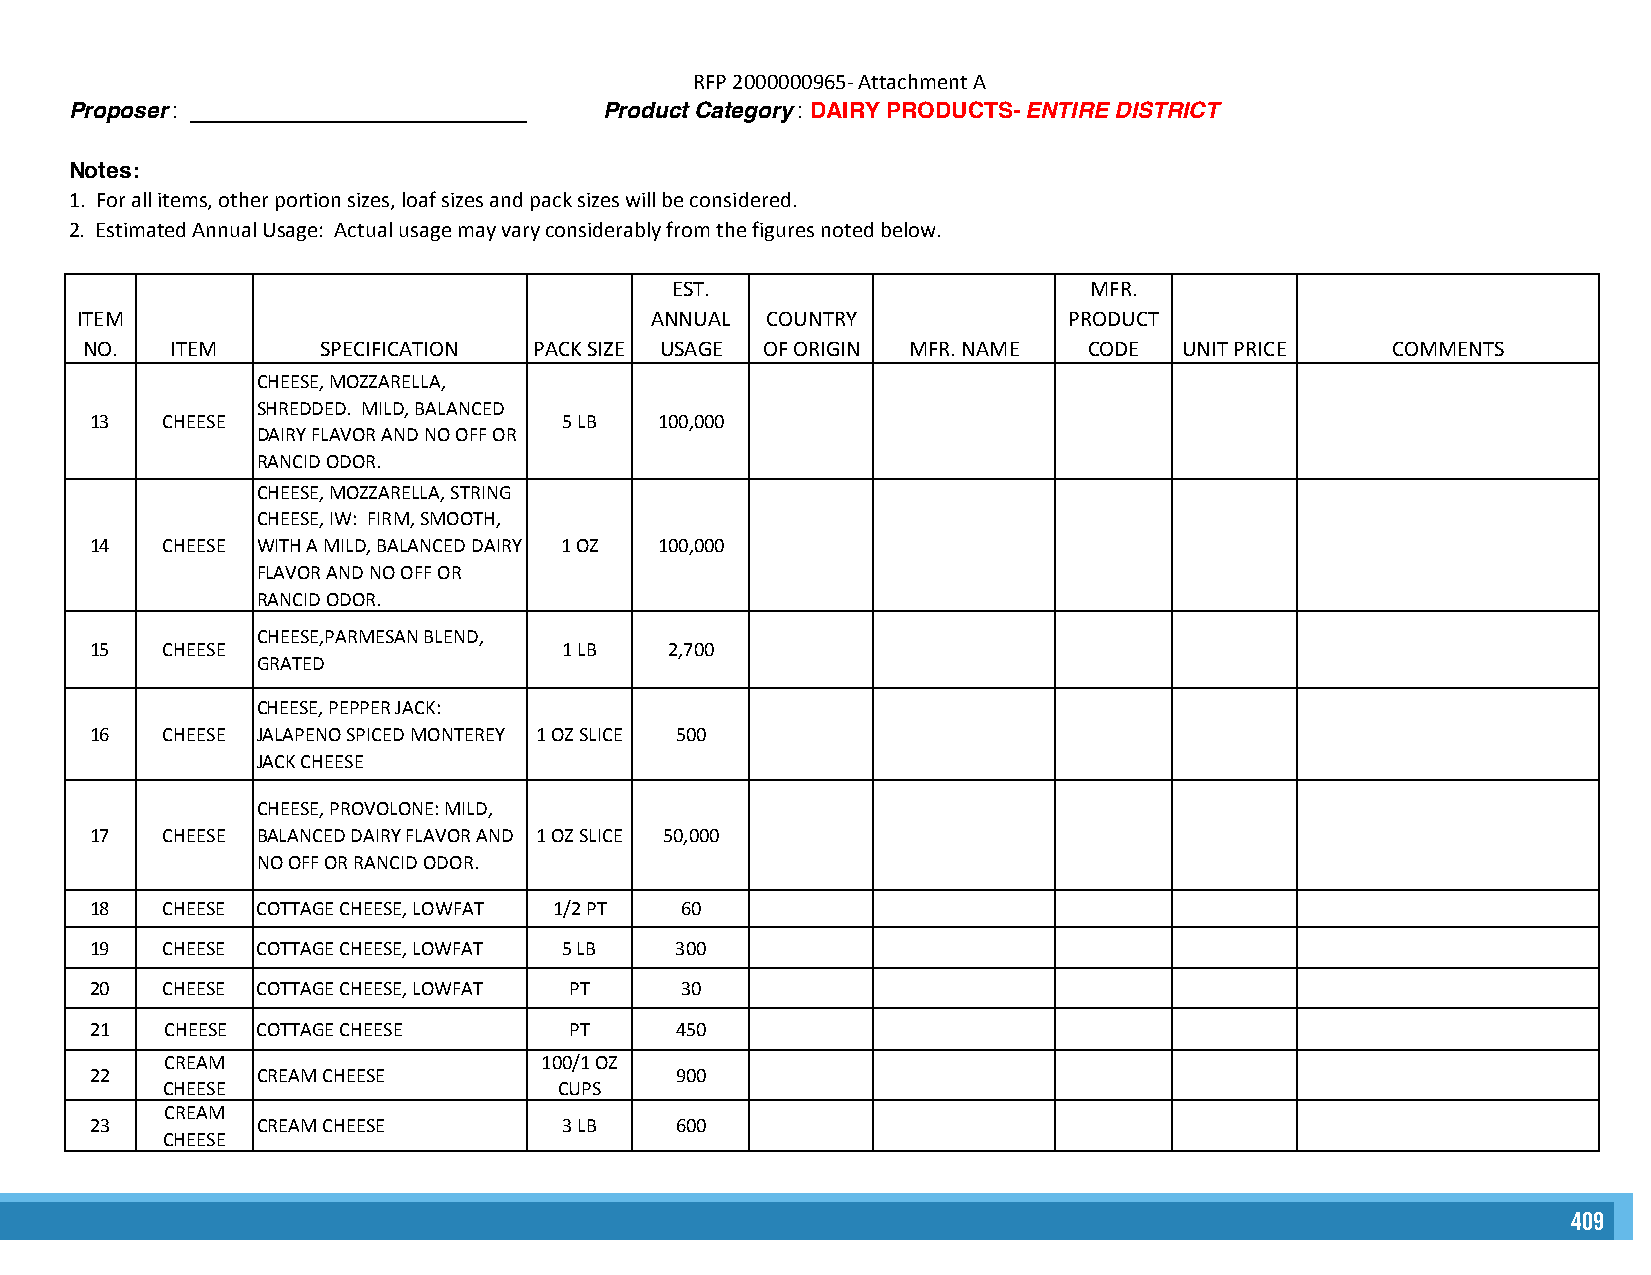
RFP 2000000965- Attachment A
 Proposer: ___________________________ Product Category : DAIRY PRODUCTS- ENTIRE DISTRICT
 Notes:
 1. For all items, other portion sizes, loaf sizes and pack sizes will be considered.
 2. Estimated Annual Usage: Actual usage may vary considerably from the figures noted below.
 EST.                        MFR.
 ITEM                                  ANNUAL  COUNTRY             PRODUCT
 NO.   ITEM      SPECIFICATION PACK SIZE USAGE OF ORIGIN MFR. NAME  CODE  UNIT PRICE    COMMENTS
 CHEESE, MOZZARELLA,
 SHREDDED. MILD, BALANCED
 13   CHEESE                    5 LB   100,000
 DAIRY FLAVOR AND NO OFF OR
 RANCID ODOR.
 CHEESE, MOZZARELLA, STRING
 CHEESE, IW: FIRM, SMOOTH,
 14   CHEESE WITH A MILD, BALANCED DAIRY 1 OZ 100,000
 FLAVOR AND NO OFF OR
 RANCID ODOR.
 CHEESE,PARMESAN BLEND,
 15   CHEESE                    1 LB   2,700
 GRATED
 CHEESE, PEPPER JACK:
 16   CHEESE JALAPENO SPICED MONTEREY 1 OZ SLICE 500
 JACK CHEESE
 CHEESE, PROVOLONE: MILD,
 17   CHEESE BALANCED DAIRY FLAVOR AND 1 OZ SLICE 50,000
 NO OFF OR RANCID ODOR.
 18   CHEESE COTTAGE CHEESE, LOWFAT 1/2 PT 60
 19   CHEESE COTTAGE CHEESE, LOWFAT 5 LB 300
 20   CHEESE COTTAGE CHEESE, LOWFAT PT  30
 21   CHEESE COTTAGE CHEESE      PT     450
 CREAM                    100/1 OZ
 22         CREAM CHEESE                900
 CHEESE                    CUPS
 CREAM
 23         CREAM CHEESE        3 LB    600
 CHEESE
 409